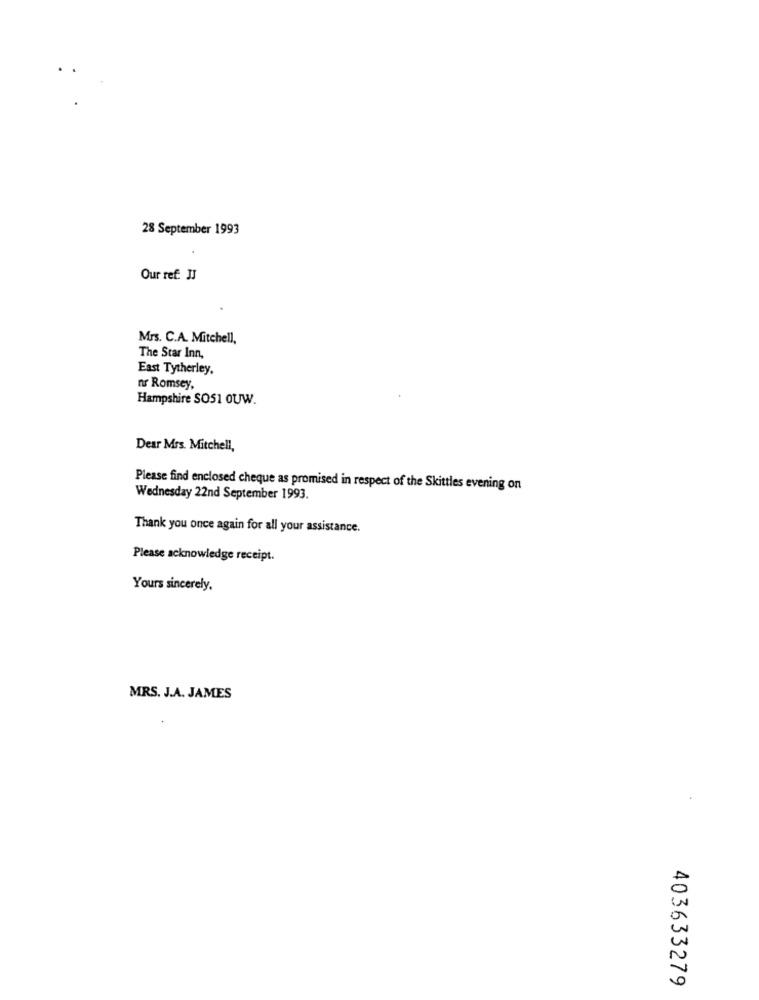
28 September 1993
Our ref. JJ
Mrs. C.A. Mitchell,
The Star Inn
East Tytherley.
nr Romsey,
Hampshire SOS1 OUW.
Dear Mrs. Mitchell,
Please find enclosed cheque as promised in respect of the Skittles evening on
Wednesday 22nd September 1993.
Thank you once again for all your assistance.
Please acknowledge receipt.
Yours sincerely,
MRS. J.A. JAMES
403633279